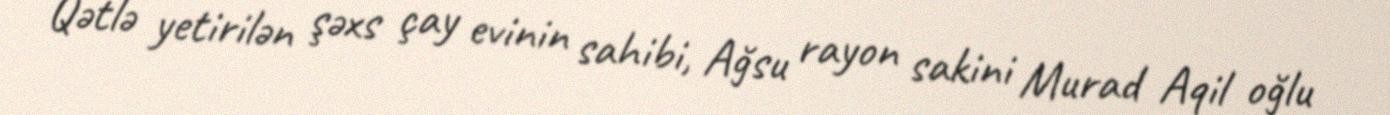
Qətlə yetirilən şəxs çay evinin sahibi, Ağsu rayon sakini Murad Aqil oğlu